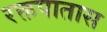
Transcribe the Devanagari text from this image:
रक्तपातास